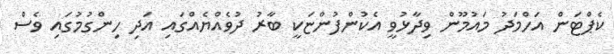
ކެޕްޓަން އަހްމަދު މައުމޫން ވިދާޅުވީ އެކުންފުންޏަކީ ބާރު ދުވެއްޔެއްގައި އަދި ހިންގުމުގައި ވެސް